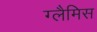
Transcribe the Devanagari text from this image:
ग्लैमिस